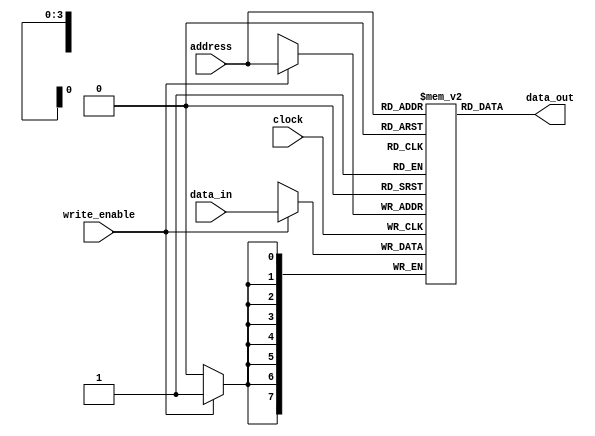
// This program was cloned from: https://github.com/FPGADude/Digital-Design
// License: GNU General Public License v3.0


module ram(
	input        clock,
	input        write_enable,
	input  [3:0] address,
	input  [7:0] data_in,
	output [7:0] data_out
);

	reg [7:0] ram [15:0];
	
	always @(posedge clock)
		if(write_enable)
			ram[address] <= data_in;
			
	assign data_out = ram[address];

endmodule